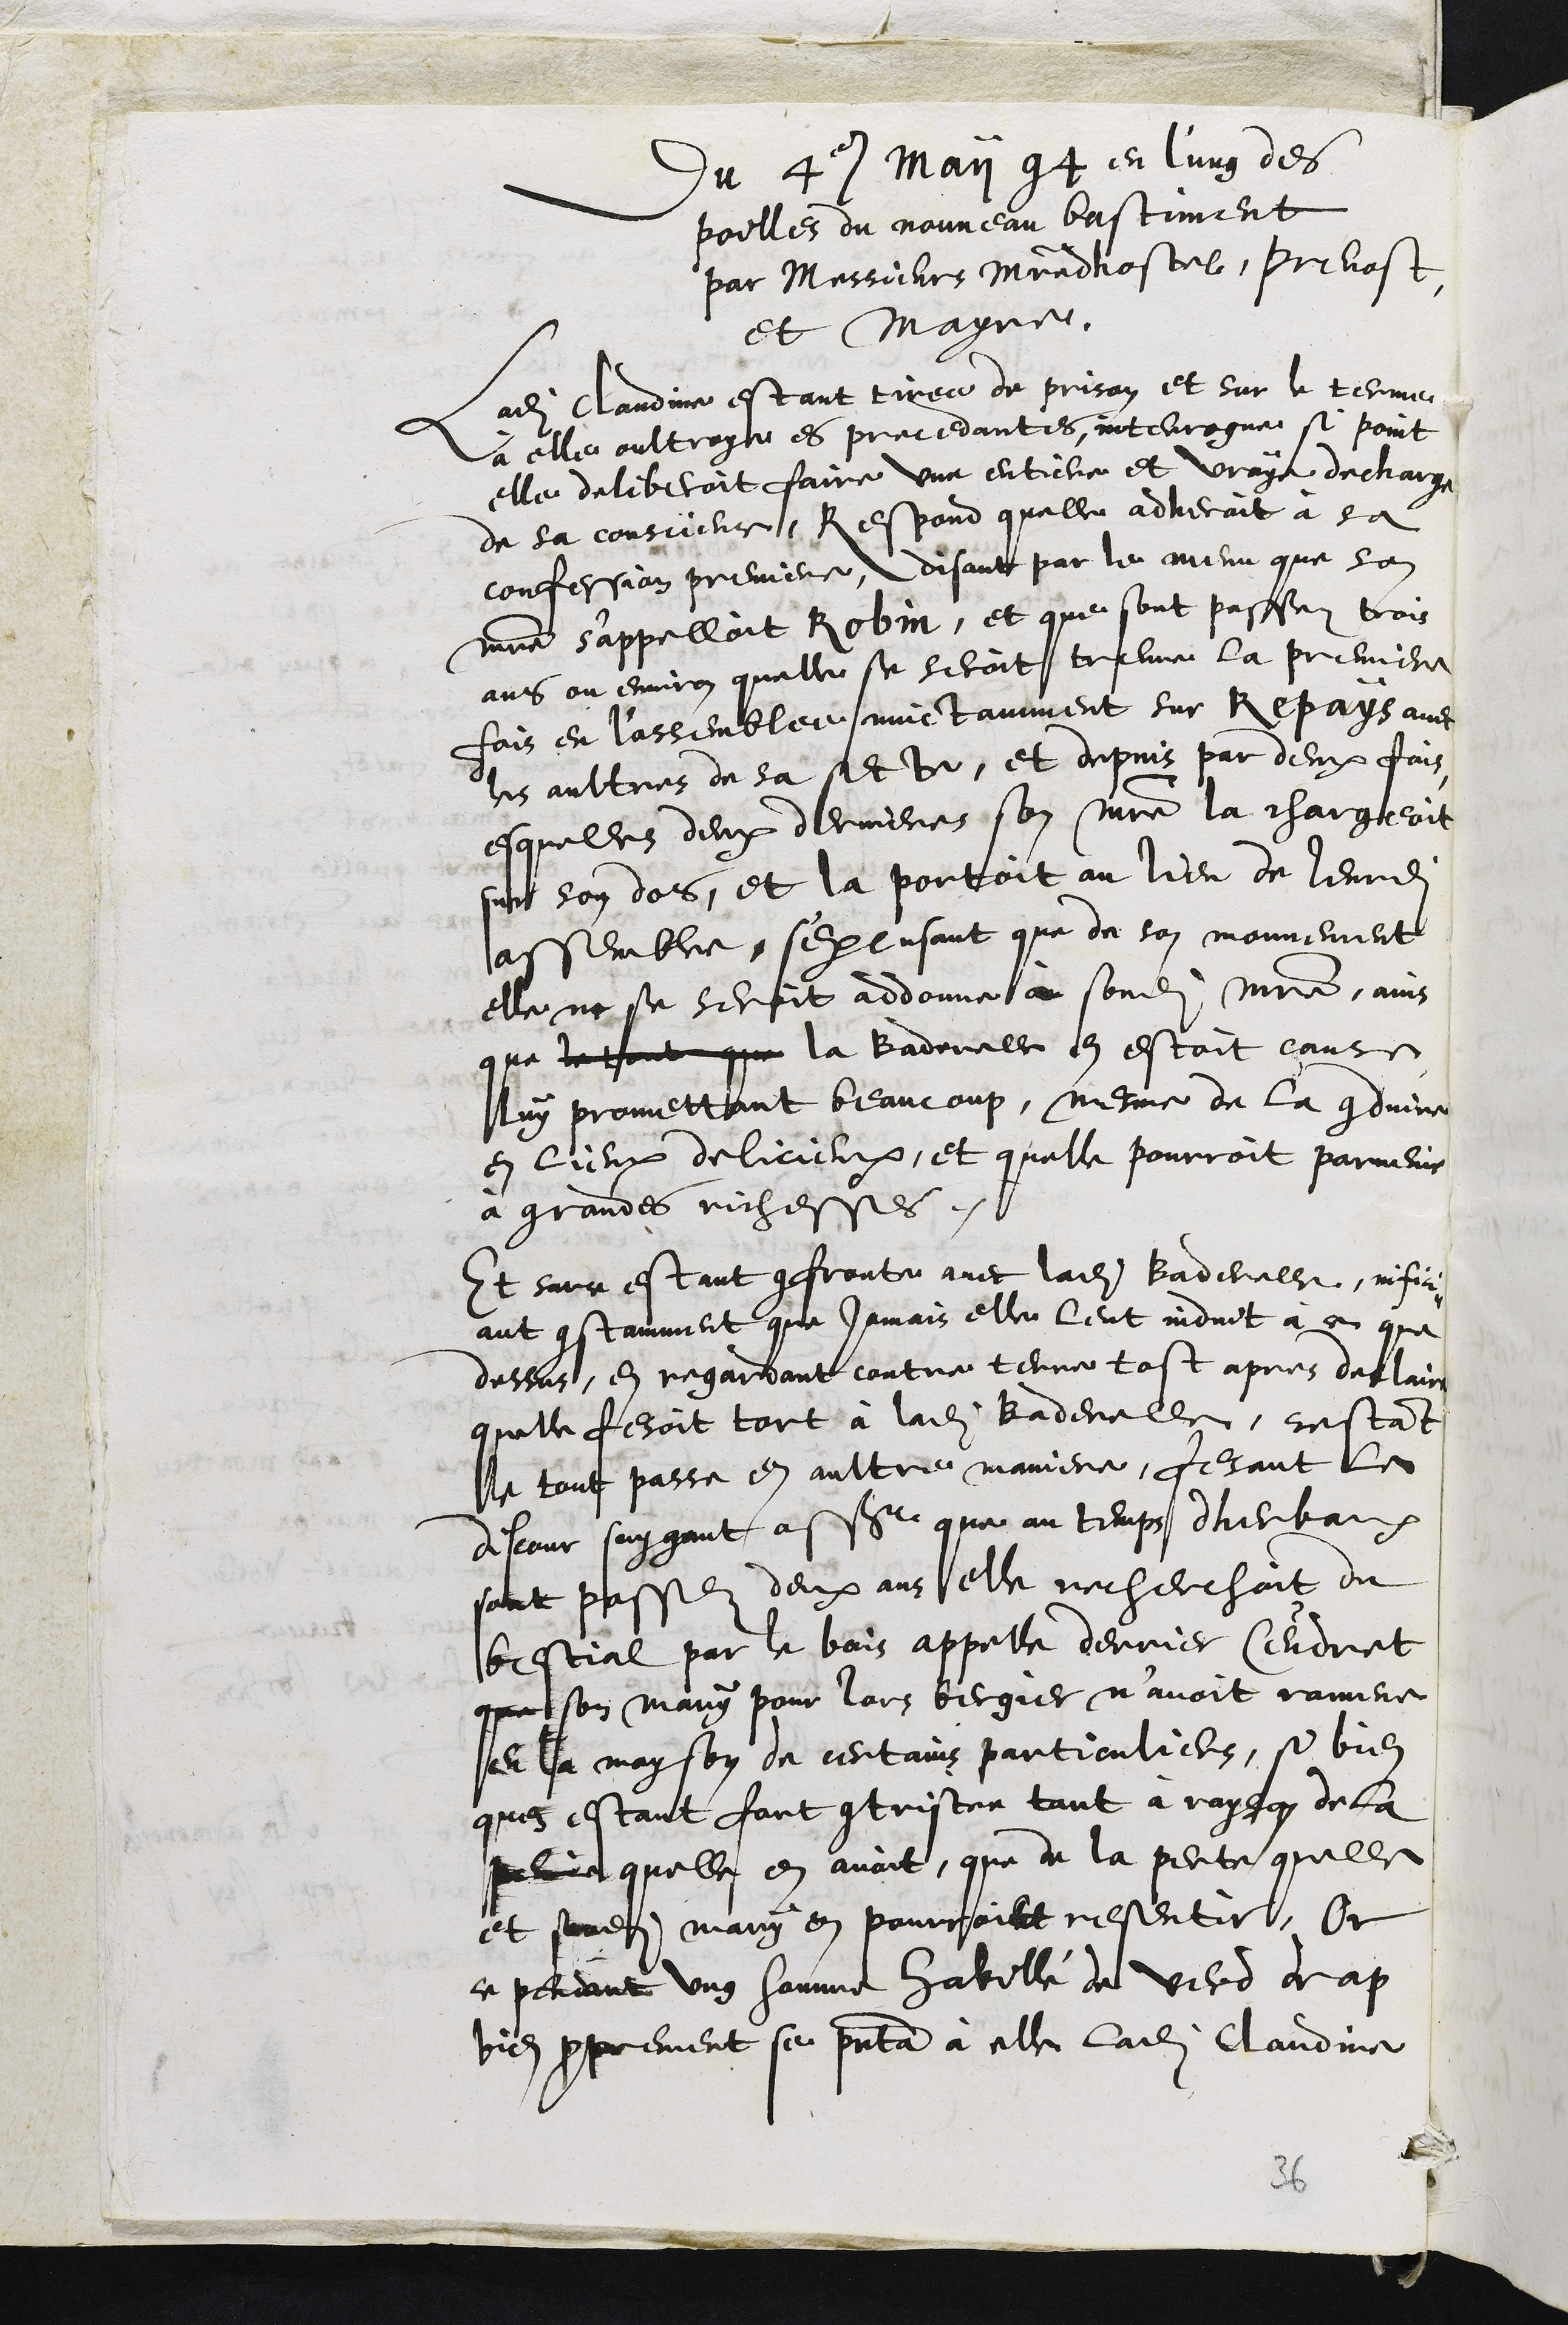
Du 4e Maii 94 en l'ung des
poilles du nouveau bastiment
par Messieurs Maistre dhostel, prevost
et Mayre.
Ladite Claudine estant tiree de prison et sur le terme
à elle oultroye es precedantes, interrogue si point
elle deliberoit faire une entiere et vraye decharge
de sa conscience, Respond quelle adheroit à sa
confession premiere, disant par le menu que son
maistre sappelloit Robin, et que sont passez trois
ans ou environ quelle se seroit treuve la premiere
fois en l'assemblee nuictamment sur Repays avec
les aultres de sa secte, et depuis par deux fois,
esquelle deux dernieres son maistre la chargeoit
sur son dos, et la portoit au lieu de leurdite
assemblee, s'excusant que de son mouvement
elle ne se seroit addonne à sondit maistre, ains
que le tout que la Baderelle en estoit cause
luy promettant beaucoup, mesme de la conduire
en lieux delicieux, et quelle pourroit parvenir
à grandes richesses.
Et surce estant confronte avec ladite Baderelle, infici¬
ant constamment que jamais elle leut induit à ce que
dessus, en regardant contre terre tost apres declaira
quelle fesoit tort à ladite Baderelle, cestant
le tout passe en aultre maniere, fesant le
discour suygant assr que au temps dherbaux
sont passez deux ans elle recherchoit du
bestial par le bois appelle derrier Ceudret
que son mary pour lors bergier n'avoit ramene
en la mayson de certains particuliers, se bien
quen estant fort contristee tant à rayson de la
peine quelle en avoit, que de la perte quelle
et sondit mary en pourroint resentir, Or
ce pendant ung homme habillé du verd drap
bien proprement se presenta à elle ladite Claudine

36